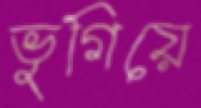
ভুগিয়ে